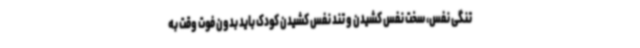
تنگی نفس، سخت نفس کشیدن و تند نفس کشیدن کودک باید بدون فوت وقت به